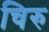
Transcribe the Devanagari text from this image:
चिरु